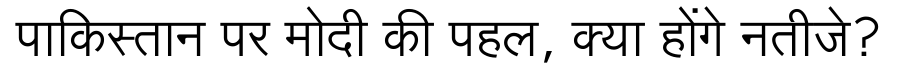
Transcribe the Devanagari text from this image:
पाकिस्तान पर मोदी की पहल, क्या होंगे नतीजे?